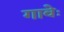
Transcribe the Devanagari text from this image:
गावेः